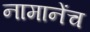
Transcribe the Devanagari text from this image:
नामानेंच